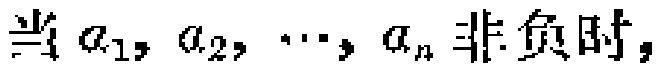
当 \(a_{1}, a_{2}, \cdots, a_{n}\) 非负时，